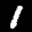
Label: 1